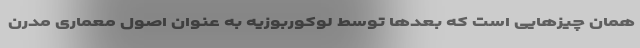
همان چیزهایی است که بعدها توسط لوکوربوزیه به عنوان اصول معماری مدرن